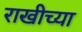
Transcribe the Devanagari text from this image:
राखीच्या